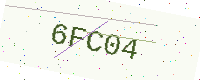
Text: 6FC04